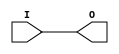
// $Header: /devl/xcs/repo/env/Databases/CAEInterfaces/xec_libs/data/unisims/OBUF_PCIX.v,v 1.1 2005/05/10 01:20:08 wloo Exp $

/*

FUNCTION	: OUTPUT BUFFER

*/

`celldefine
`timescale  100 ps / 10 ps

module OBUF_PCIX (O, I);

    output O;

    input  I;

    bufif0 B1 (O, I, 1'b0);

endmodule